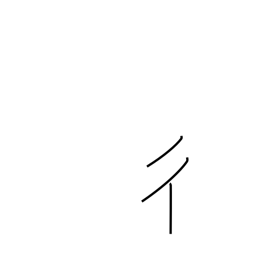
Meaning: going man radical (no. 60)